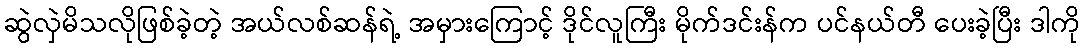
ဆွဲလှဲမိသလိုဖြစ်ခဲ့တဲ့ အယ်လစ်ဆန်ရဲ့ အမှားကြောင့် ဒိုင်လူကြီး မိုက်ဒင်းန်က ပင်နယ်တီ ပေးခဲ့ပြီး ဒါကို